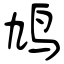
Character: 鸠